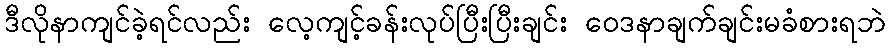
ဒီလိုနာကျင်ခဲ့ရင်လည်း လေ့ကျင့်ခန်းလုပ်ပြီးပြီးချင်း ဝေဒနာချက်ချင်းမခံစားရဘဲ